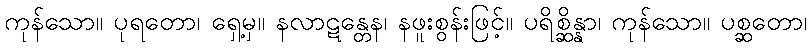
ကုန်သော။ ပုရတော၊ ရှေ့မှ။ နလာဋန္တေန၊ နဖူးစွန်းဖြင့်။ ပရိစ္ဆိန္နာ၊ ကုန်သော။ ပစ္ဆတော၊